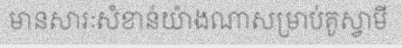
មានសារៈសំខាន់យ៉ាងណាសម្រាប់គូស្វាមី